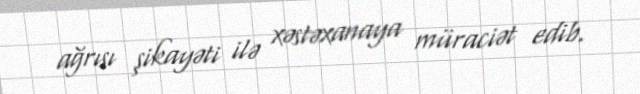
ağrısı şikayəti ilə xəstəxanaya müraciət edib.